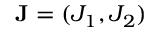
\mathbf { J } = ( J _ { 1 } , J _ { 2 } )